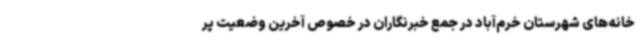
خانه‌های شهرستان خرم‌آباد در جمع خبرنگاران در خصوص آخرین وضعیت پر